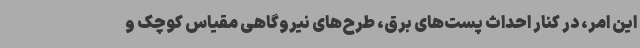
این امر، در کنار احداث پست‌های برق، طرح‌های نیروگاهی مقیاس کوچک و